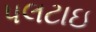
પલટાઇ